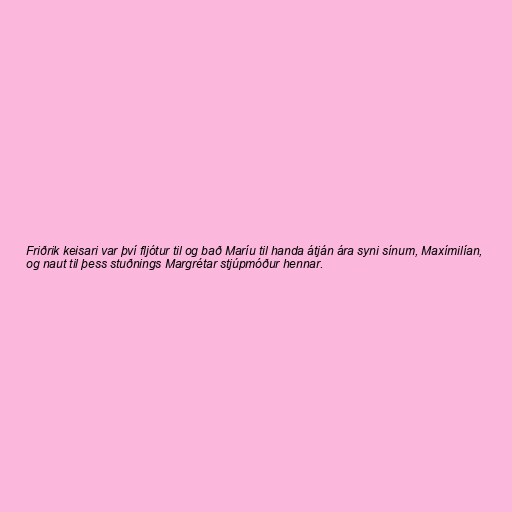
Friðrik keisari var því fljótur til og bað Maríu til handa átján ára syni sínum, Maxímilían,
og naut til þess stuðnings Margrétar stjúpmóður hennar.